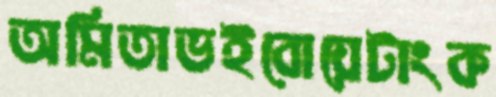
অমিতাভইবোয়েটাংক